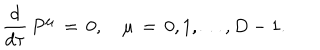
\frac { d } { d \tau } \, P ^ { \mu } \, = \, 0 , \quad \mu \, = \, 0 , 1 , \ldots , D - 1 .